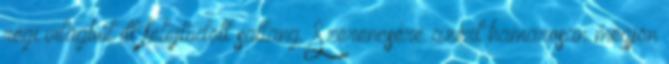
régi világból itt felejtődött sallang. Szerencsére azért hamarosan megjön